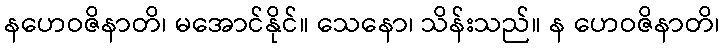
နဟေဝဇိနာတိ၊ မအောင်နိုင်။ သေနော၊ သိန်းသည်။ န ဟေဝဇိနာတိ၊